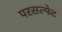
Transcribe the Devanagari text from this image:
परसल्फेट